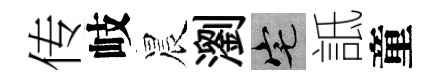
传岐晨瀏宅詆童